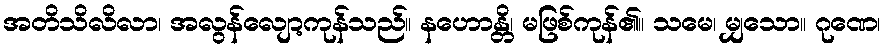
အတိသိလိလာ၊ အလွန်လျော့ကုန်သည်။ နဟောန္တိ၊ မဖြစ်ကုန်၏။ သမေ၊ မျှသော။ ဂုဏေ၊